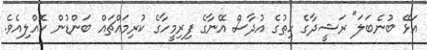
އަޅޭ ބުނެބަލަ" ރަޝީދާގެ ހިތުގެ އުދާސް އޭނާގެ ފިރިމީހާގެ ކުރިމައްޗައް ބަންޑުން ކޮއްލިއެވެ.